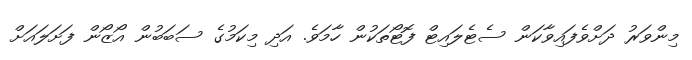
މިންވަރު ދަށްވެފައިވާކަން ސެޓެލައިޓް ފޮޓޯތަކުން ހާމަވެ. އަދި މިކަމުގެ ސަބަބުން އޯޒޯން ފަށަލައަށް